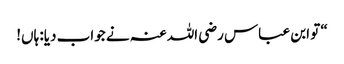
“ تو ابن عباس رضی اللہ عنہ نے جواب دیا: ہاں!